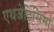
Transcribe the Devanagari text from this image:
एथजेटिसिमा